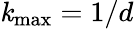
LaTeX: \mathit{k}_{\mathrm{{max}}}=1/d